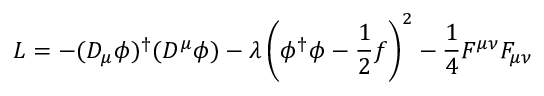
{ \cal { L } } = - ( D _ { \mu } \phi ) ^ { \dagger } ( D ^ { \mu } \phi ) - \lambda \left( \phi ^ { \dagger } \phi - \frac { 1 } { 2 } f \right) ^ { 2 } - \frac { 1 } { 4 } F ^ { \mu \nu } F _ { \mu \nu }